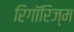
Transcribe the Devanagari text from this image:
रिगॉरिज्म